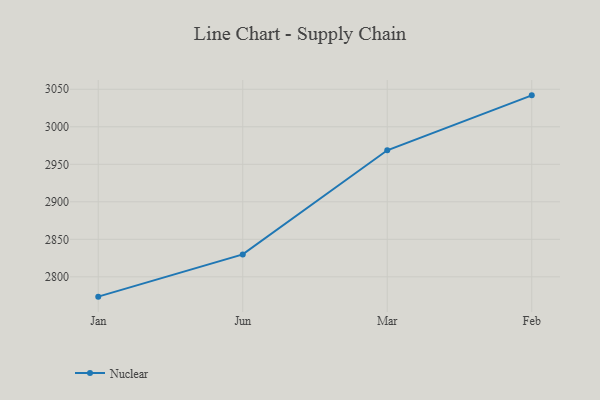
{"axis": {"x": "Month", "y": "Market Share (%)"}, "legend": ["Nuclear"], "data": [{"x": "Jan", "y": 2773.6, "type": "Nuclear"}, {"x": "Jun", "y": 2829.9, "type": "Nuclear"}, {"x": "Mar", "y": 2968.7, "type": "Nuclear"}, {"x": "Feb", "y": 3041.9, "type": "Nuclear"}]}